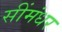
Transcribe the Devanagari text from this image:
सींमंधर